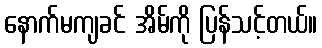
နောက်မကျခင် အိမ်ကို ပြန်သင့်တယ်။